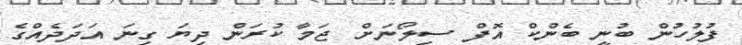
ފުލުހުން ބުނީ ބެންކް އޮފް ސިލޯނަށް ޖަމާ ކުރަން ދިޔަ ގިނަ އަދަދެއްގެ